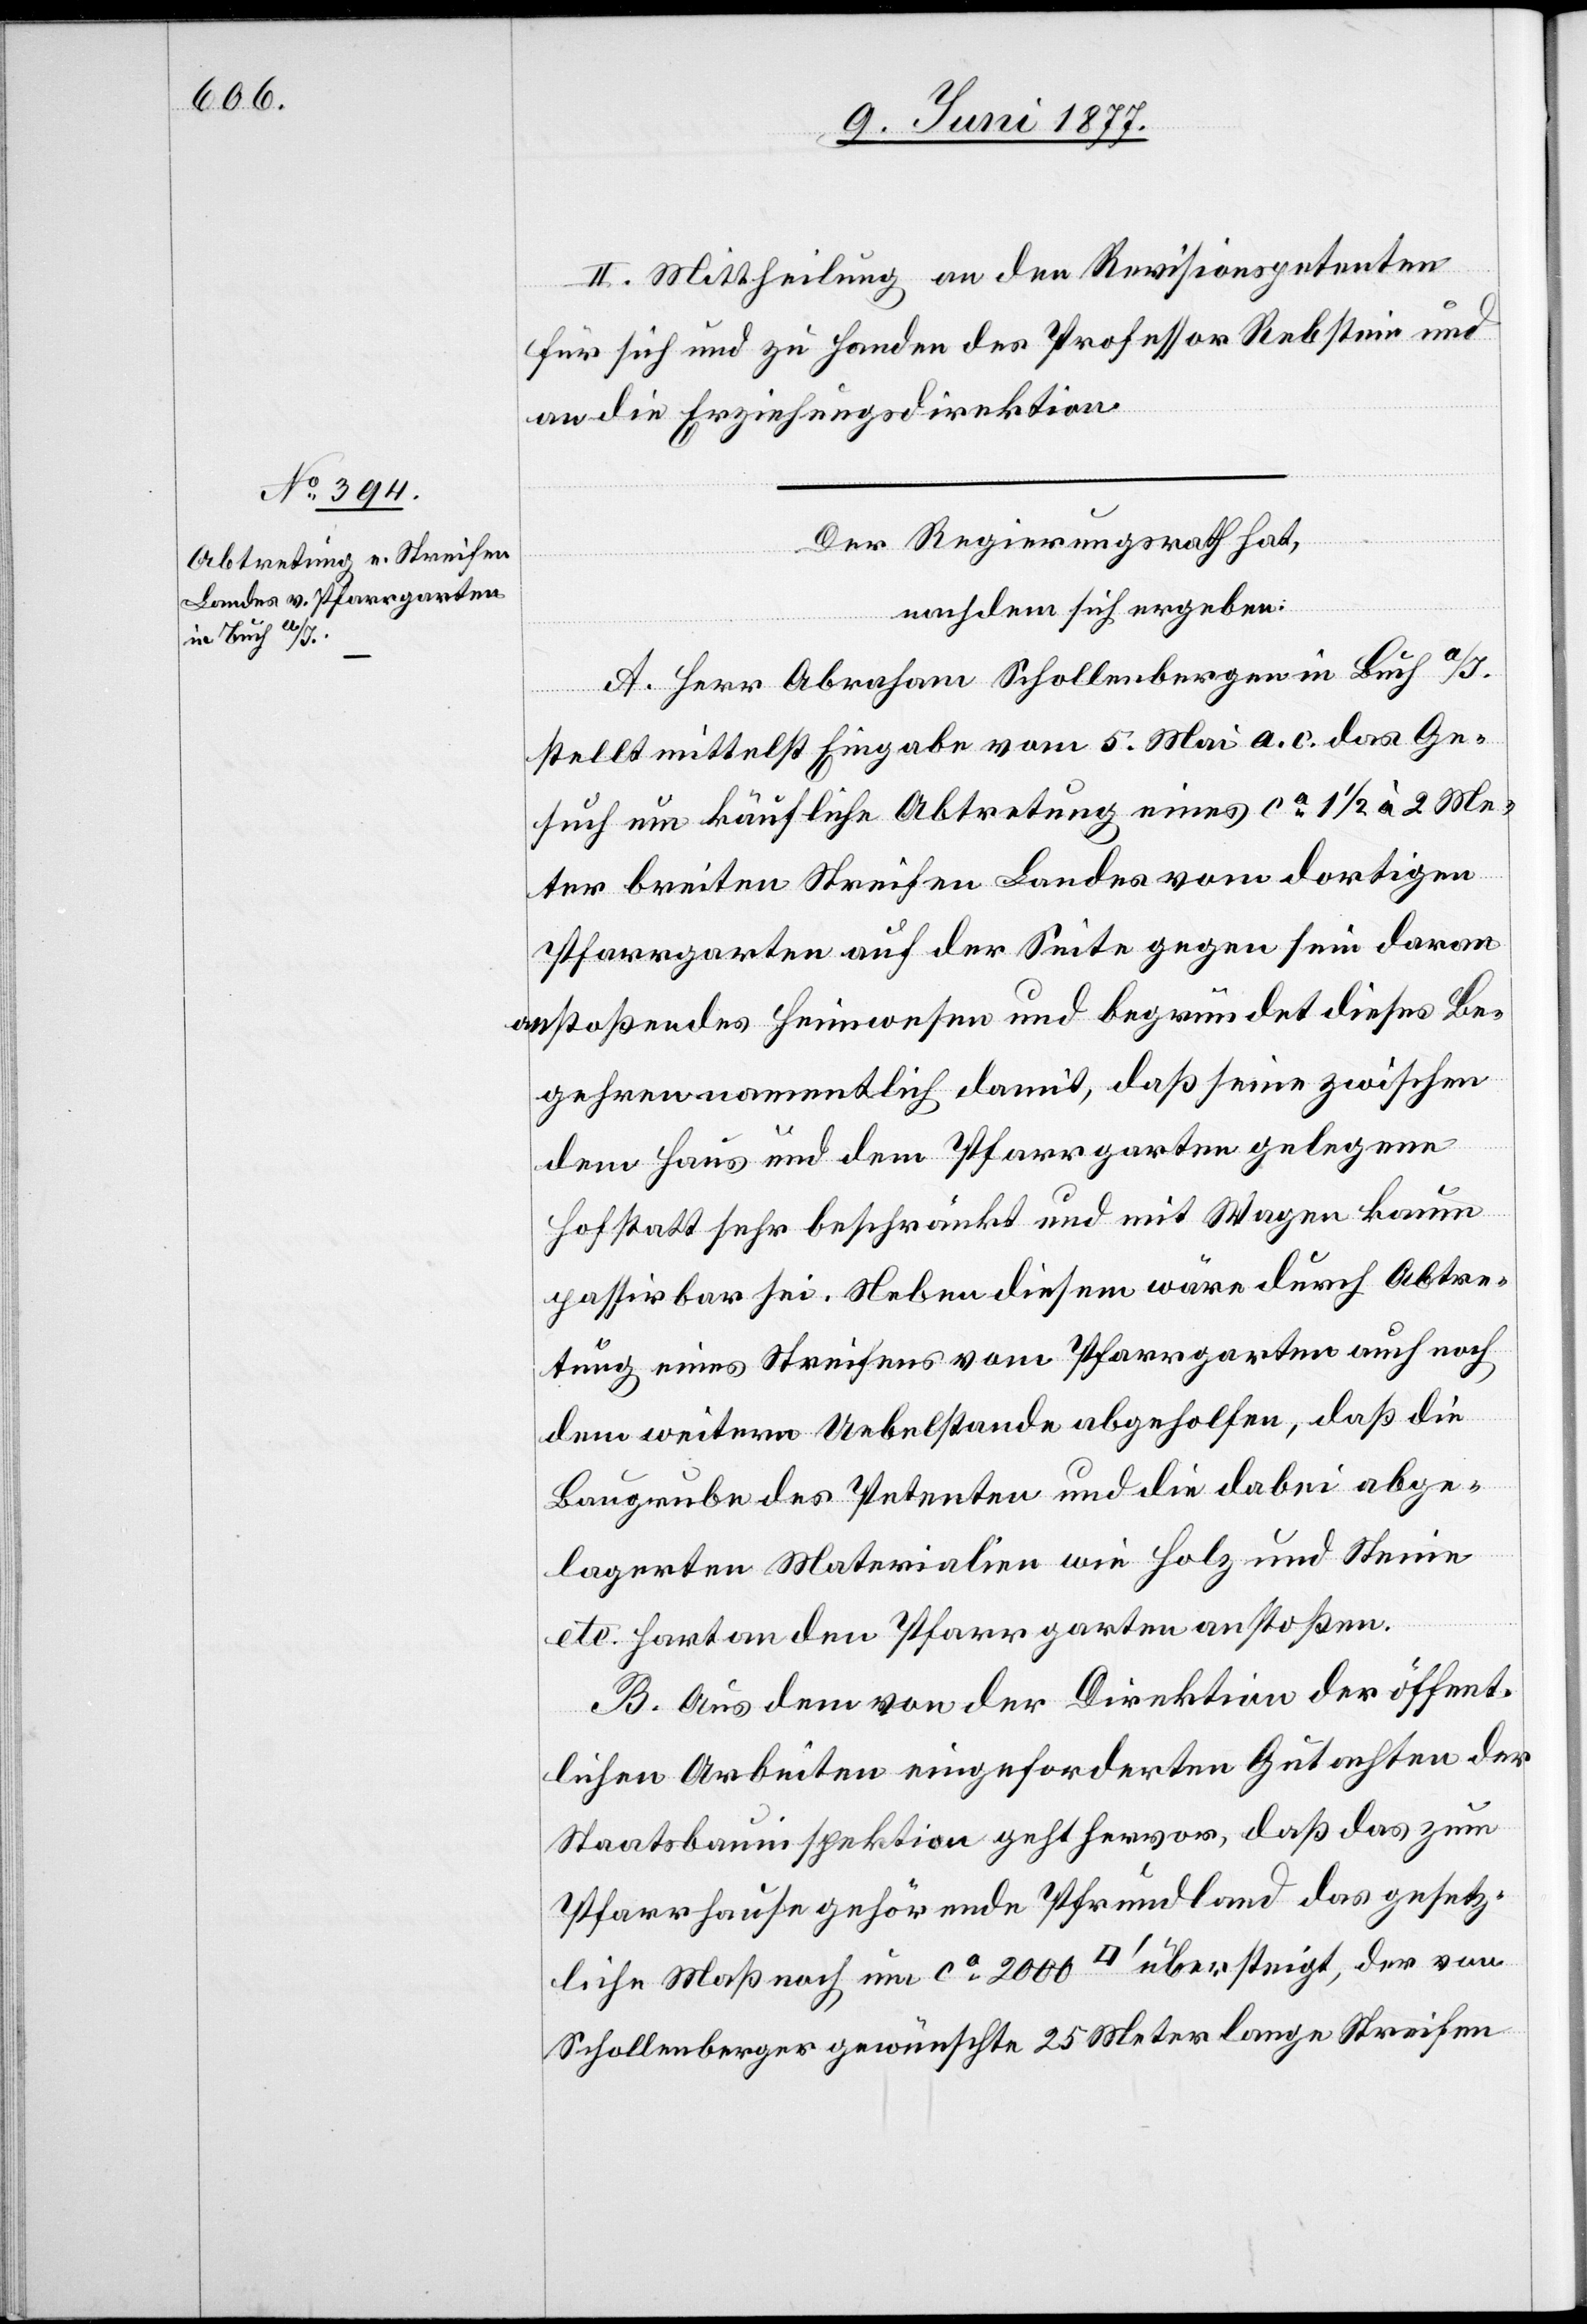
in Buch a/I.

II. Mittheilung an den Revisionspetenten
für sich und zu Handen des Professor Rebstein und
an die Erziehungsdirektion.
Der Regierungsrath hat,
nachdem sich ergeben:
A. Herr Abraham Schollenbergen [recte:
stellt mittelst Eingabe vom 5. Mai a. c. das Ge¬
such um käufliche Abtretung eines ca 1 1/2 à 2 Me¬
ter breiten Streifen Landes vom dortigen
Pfarrgarten auf der Seite gegen sein daran
anstoßendes Heimwesen und begründet dieses Be¬
gehren namentlich damit, daß seine zwischen
dem Haus und dem Pfarrgarten gelegene
Hofstatt sehr beschränkt und mit Wagen kaum
passirbar sei. Neben diesem wäre durch Abtre¬
tung eines Streifens vom Pfarrgarten auch noch
dem weitern Ueberstande abgeholfen, daß die
Baugrube des Petenten und die dabei abge¬
lagerten Materialien wie Holz und Steine
etc. hart an den Pfarrgarten anstoßen.
B. Aus dem von der Direktion der öffent¬
lichen Arbeiten eingeforderten Gutachten der
Staatsbauinspektion geht hervor, daß das zum
Pfarrhause gehörende Pfrundland das gesetz¬
liche Maß noch um ca 2000 [Quadratfuss] übersteigt, der von
Schollenberger gewünschte 25 Meter lange Streifen